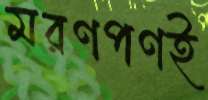
মরণপণই